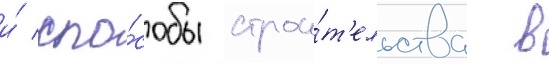
и́ спо́собы строи́т'ельства в